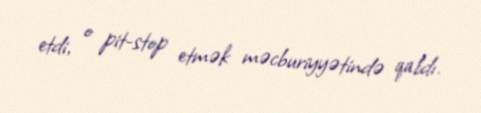
etdi, o pit-stop etmək məcburiyyətində qaldı.